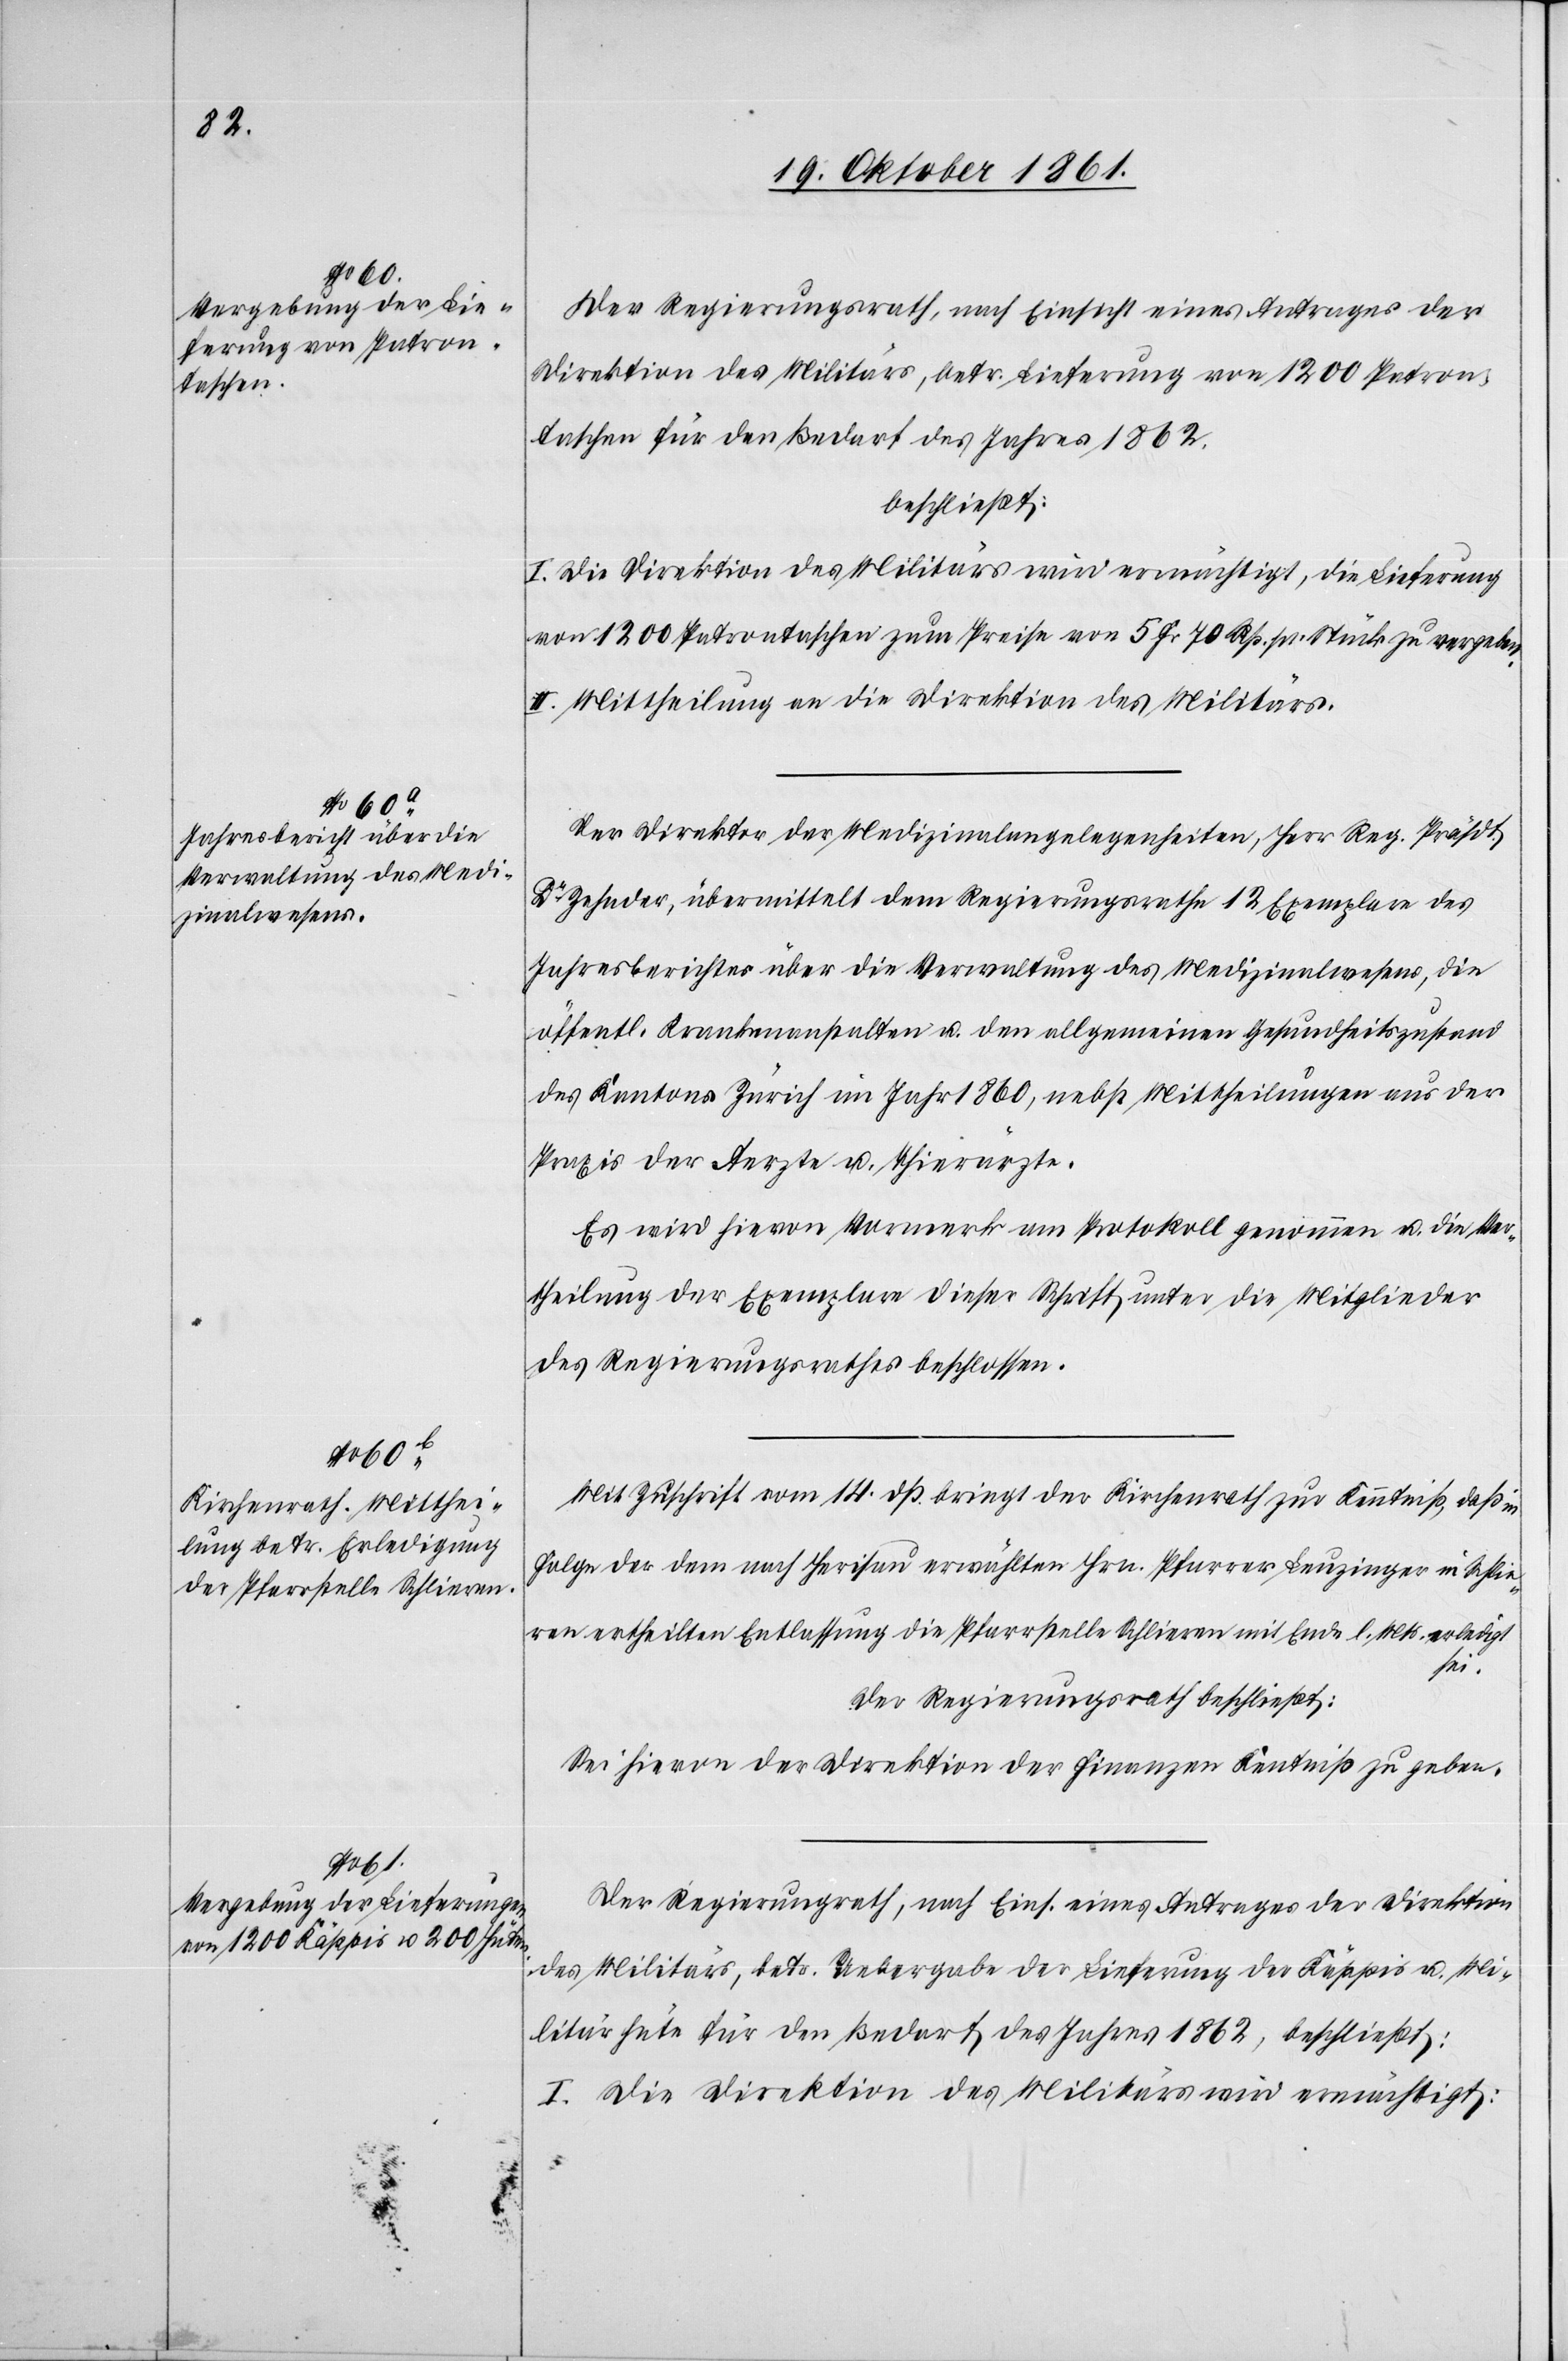
Der Regierungsrath, nach Einsicht eines Antrages der
Direktion des Militärs, betr. Lieferung von 1200 Patron¬
tärhüte für den Bedarf des Jahres 1862,
beschließt:
I. Die Direktion des Militärs wird ermächtigt, die Lieferung
von 1200 Patrontaschen zum Preise von 5 Fr. 70 Rp. pr. Stück zu vergeben.
II. Mittheilung an die Direktion des Militärs.
Der Direktor der Medizinalangelegenheiten, Herr Reg. Präsdt.
Dr Zehnder, übermittelt dem Regierungsrathe 12 Exemplare des
Jahresberichtes über die Verwaltung des Medizinalwesens, die
öffentl. Krankenanstalten u. den allgemeinen Gesundheitszustand
des Kantons Zürich im Jahr 1860, nebst Mittheilungen aus der
Praxis der Aerzte u. Thierärzte.
Es wird hievon, Vormerk am Protokoll genommen, u. die Ver¬
theilung der Exemplare dieser Schrift unter die Mitglieder
des Regierungsrathes beschlossen.
Mit Zuschrift vom 14 dß. bringt der Kirchenrath zur Kenntniß, daß in
Folge der dem nach Herisau erwählten Hrn. Pfarrer Benzinger in Schlie¬
ren ertheilten Entlassung die Pfarrstelle Schlieren mit Ende l. Mts. erledigt
sei.
Der Regierungsrath beschließt:
Sei hievon der Direktion der Finanzen Kenntniß zu geben.
Der Regierungsrath, nach Eins. eines Antrages der Direktion
des Militärs, betr. Uebergabe der Lieferung der Käppis u. Mili¬
I. Die Direktion des Militärs wird ermächtigt: